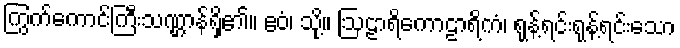
ကြွက်ကောင်ကြီးသဏ္ဌာန်ရှိ၏။ ဧဝံ၊ သို့။ ဩဠာရိကောဠာရိကံ၊ ရုန့်ရင်းရုန့်ရင်းသော